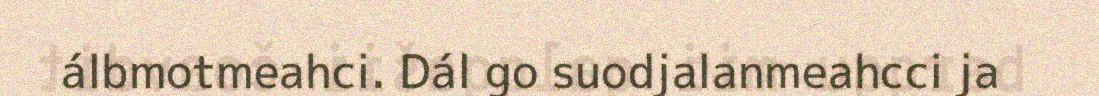
álbmotmeahci. Dál go suodjalanmeahcci ja